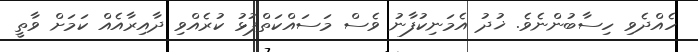
ހެއްދެވި ހިސާބުންނެވެ. ޚުދު އެމަނިކުފާނު ވެސް މަސައްކަތްޕުޅު ކުރެއްވި ދާއިރާއެއް ކަމަށް ވާތީ